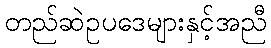
တည်ဆဲဥပဒေများနှင့်အညီ